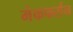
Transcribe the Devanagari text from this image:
मेकफर्सन